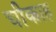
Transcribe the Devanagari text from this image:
चीकाह